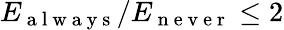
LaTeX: E_{\mathrm{~a~l~w~a~y~s~}}/E_{\mathrm{~n~e~v~e~r~}}\leq 2